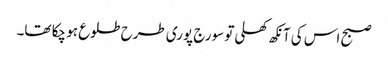
صبح اس کی آنکھ کھلی تو سورج پوری طرح طلوع ہو چکا تھا۔